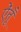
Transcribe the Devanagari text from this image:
ऐंतूँ